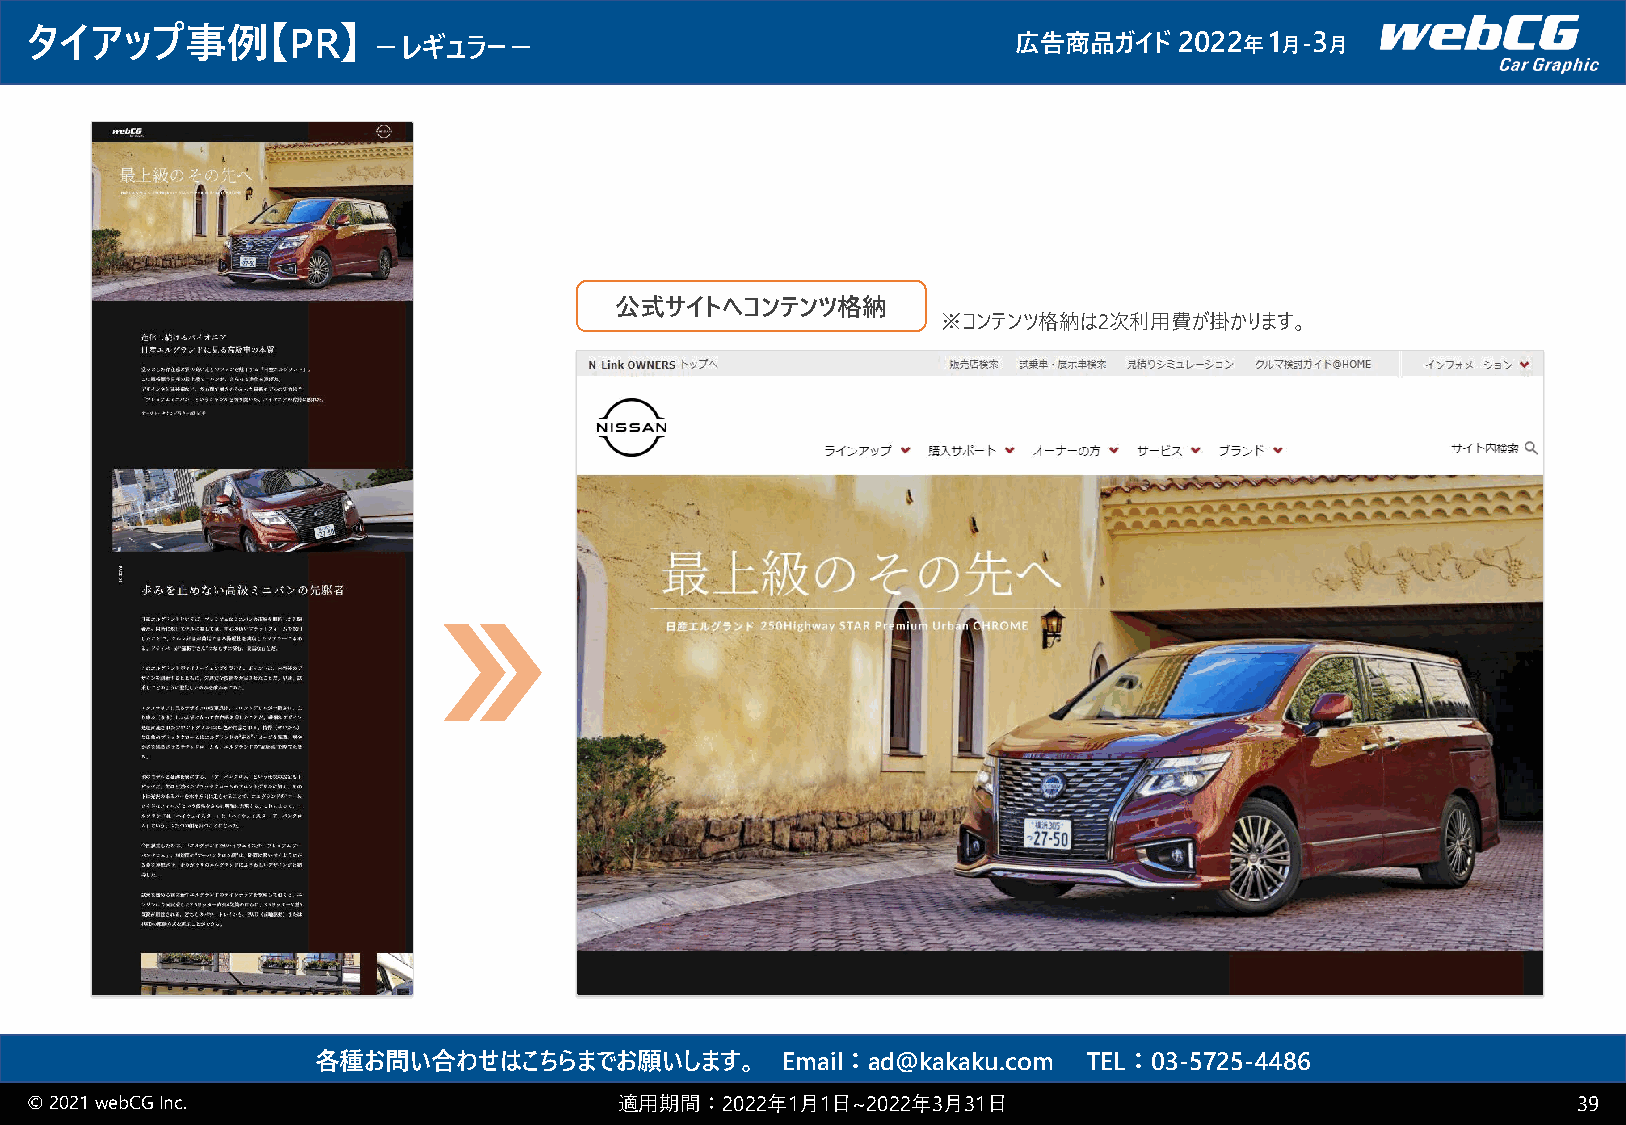
タイアップ事例【PR】            －レギュラー－                                   広告商品ガイド    2022 年1 月-3 月
 公式サイトへコンテンツ格納
 ※コンテンツ格納は2次利用費が掛かります。
 各種お問い合わせはこちらまでお願いします。          Email：ad@kakaku.com TEL：03-5725-4486
 © 2021 webCGInc.                       適用期間：2022年1月1日~2022年3月31日                                      39